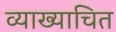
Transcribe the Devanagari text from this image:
व्याख्याचित